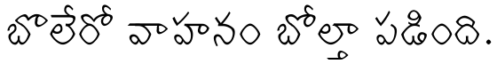
బొలేరో వాహనం బోల్తా పడింది.